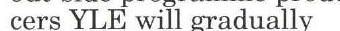
cers YLE will gradually